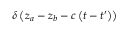
\delta \left( z _ { a } - z _ { b } - c \left( t - t ^ { \prime } \right) \right)